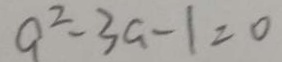
a ^ { 2 } - 3 a - 1 = 0